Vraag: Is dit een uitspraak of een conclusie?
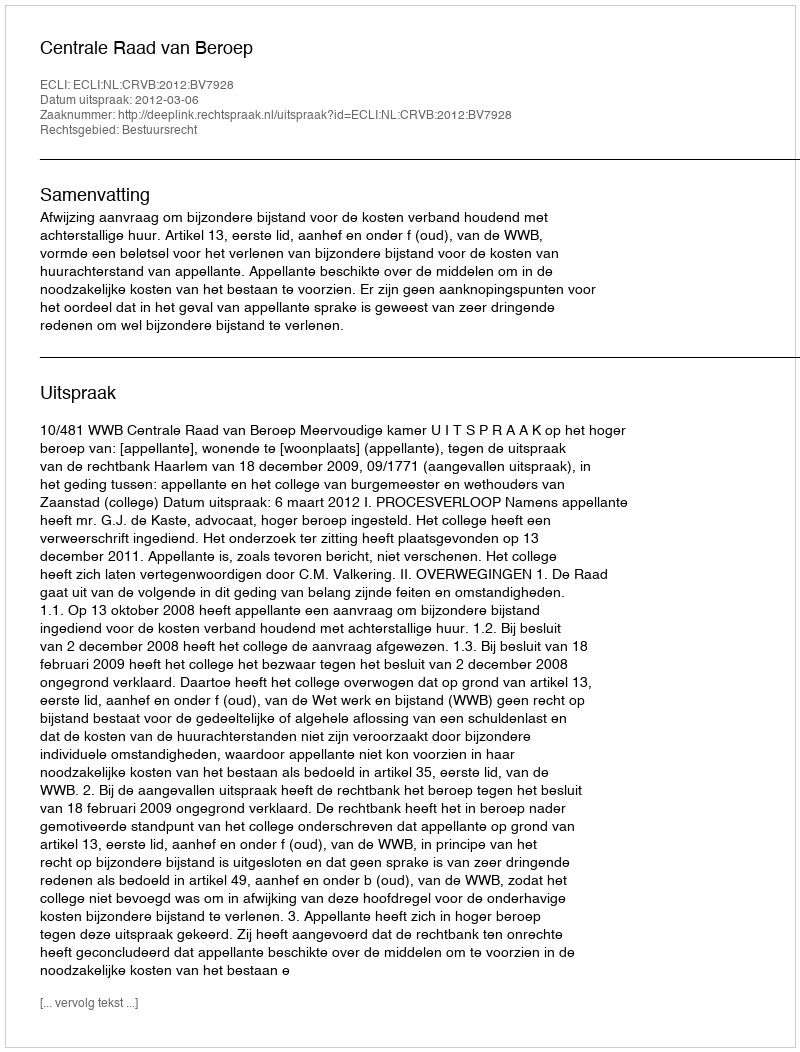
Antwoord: Uitspraak